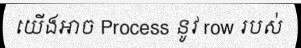
យើងអាច Process នូវ row របស់